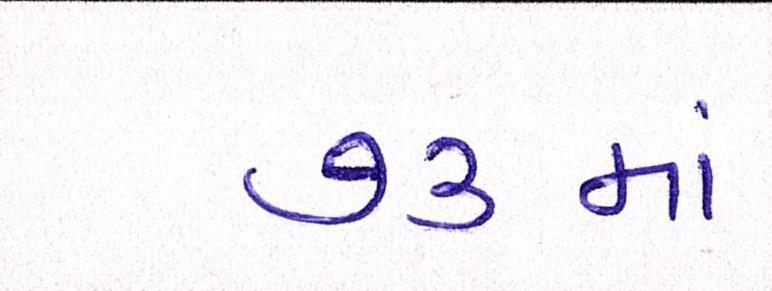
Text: ૭૩માં